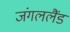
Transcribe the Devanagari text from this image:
जंगललैंड